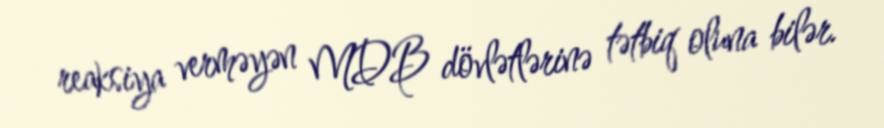
reaksiya verməyən MDB dövlətlərinə tətbiq oluna bilər.